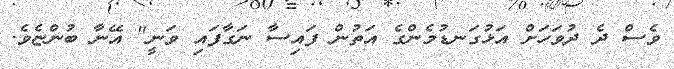
ވެސް ދެ ދުވަހަށް އަޅުގަނޑުމެންގެ އަތުން ފައިސާ ނަގާފައި ވަނީ" އޭނާ ބުންޏެވެ.